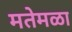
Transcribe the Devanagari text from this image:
मतेमळा